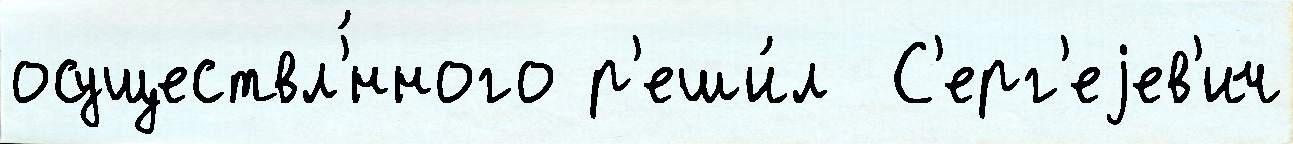
осуществл'́нного р'еши́л  С'ерг'еjев'ич